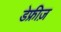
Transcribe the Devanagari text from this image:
डेफ्रीज़